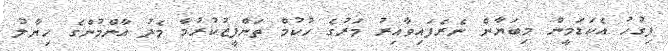
ފިގުހު އެކަޑަމީން މިބަޔާން ނެރެފައިވާއިރު މަރުގެ ހުކުމް ތަންފީޒުކުރުމާ މެދު އާންމުންގެ ހިޔާލު